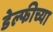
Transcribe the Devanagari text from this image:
डेल्फीच्या